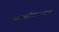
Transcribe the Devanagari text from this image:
आक्सीक्लोराइड